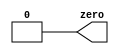
// This program was cloned from: https://github.com/matthewdelorenzo/CreativEval
// License: BSD 3-Clause "New" or "Revised" License

module top_module(
    output zero
);// Module body starts after semicolon
assign zero = 1'b0;
endmodule